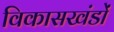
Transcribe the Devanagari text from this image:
विकासखंडों